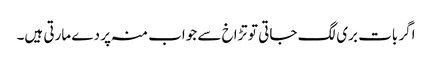
اگر بات بری لگ جاتی تو تڑاخ سے جواب منہ پر دے مارتی ہیں۔